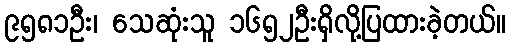
၉၅၈၁ဦး၊ သေဆုံးသူ ၁၆၅၂ဦးရှိလို့ပြထားခဲ့တယ်။